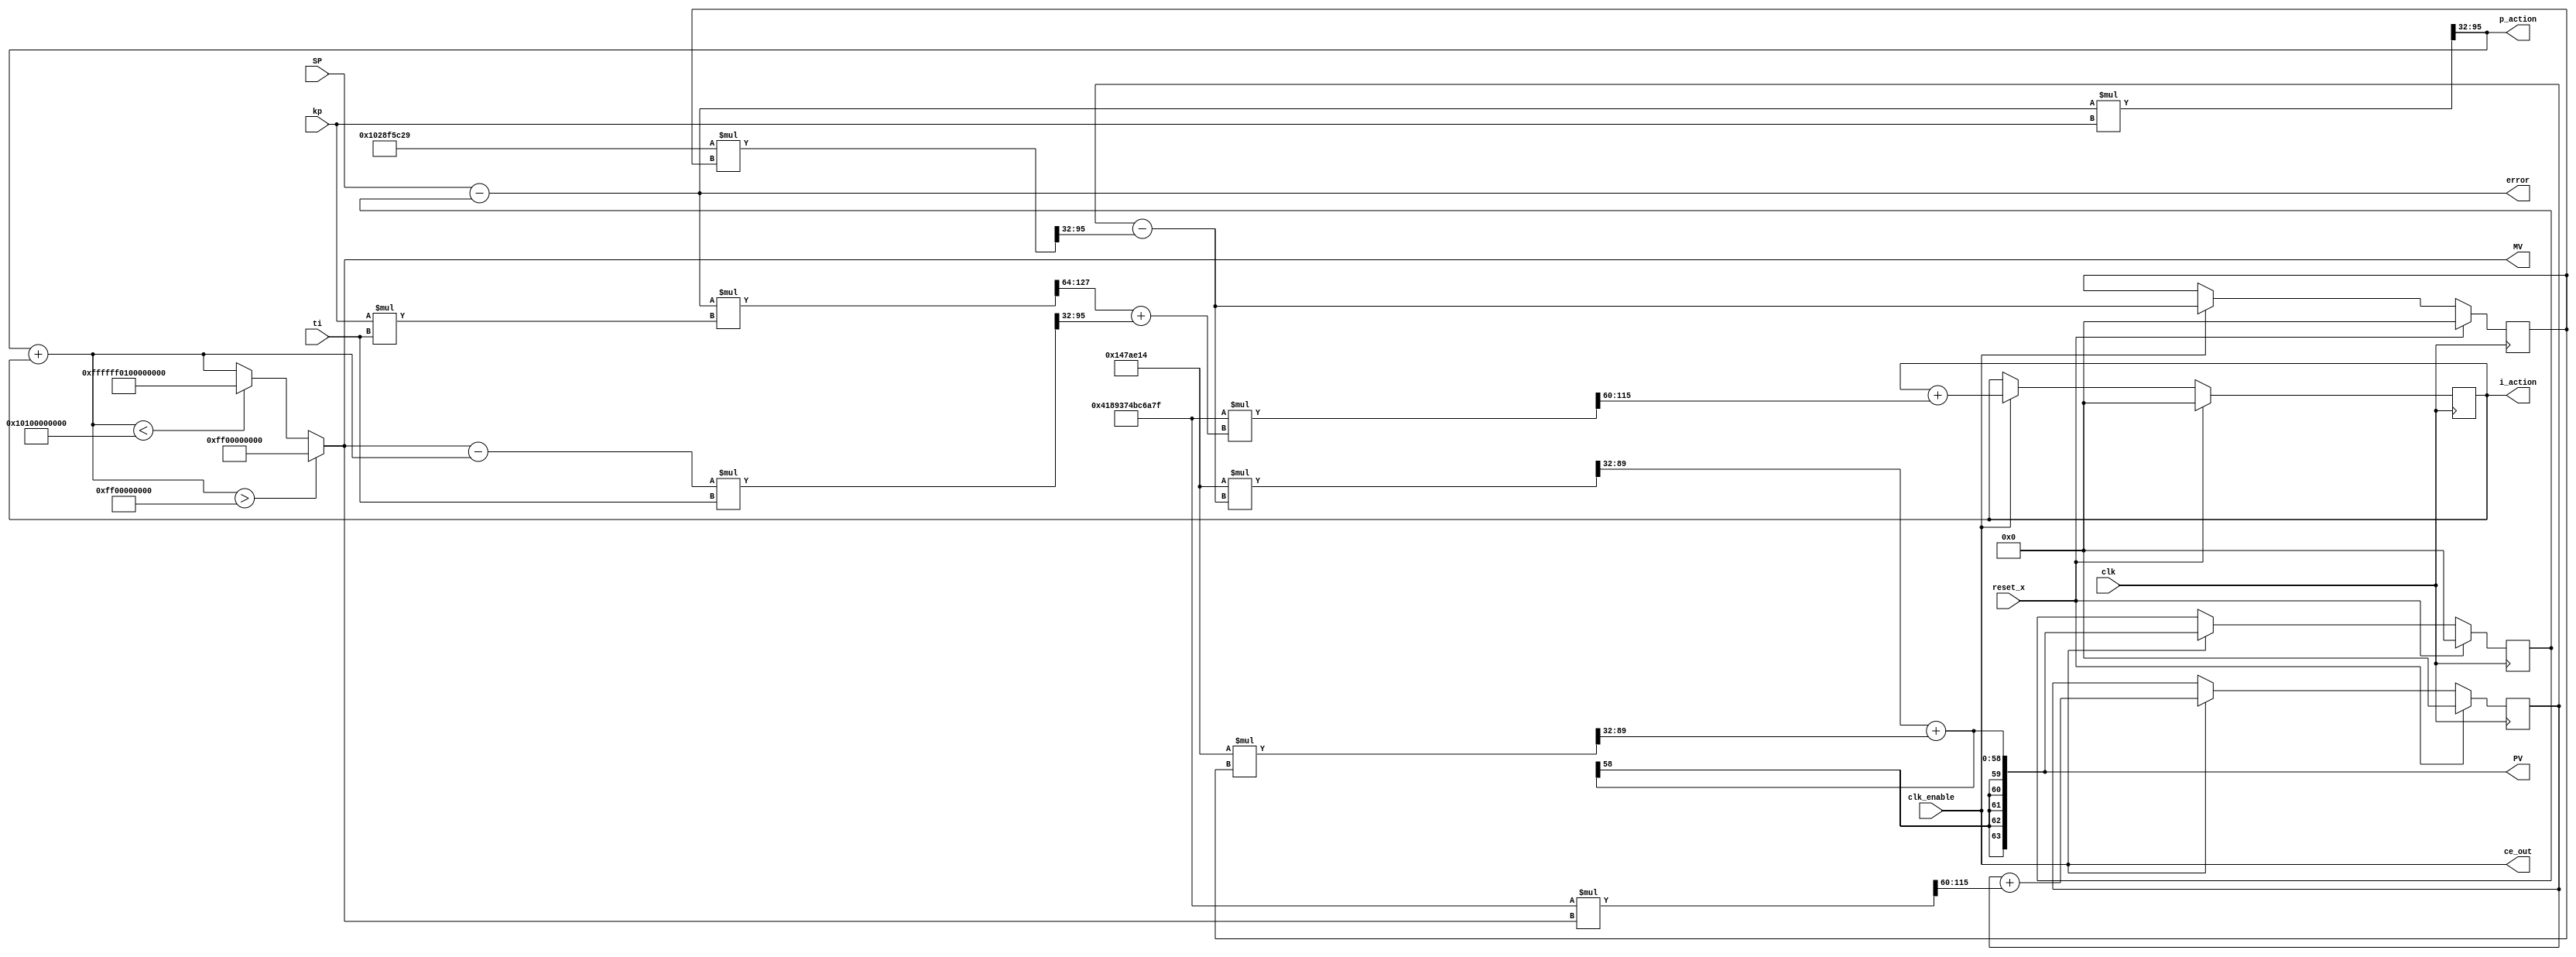
// -------------------------------------------------------------
// 
// 
// Generated by MATLAB 9.11 and HDL Coder 3.19
// 
// 
// -- -------------------------------------------------------------
// -- Rate and Clocking Details
// -- -------------------------------------------------------------
// Model base rate: 0.001
// Target subsystem base rate: 0.001
// 
// 
// Clock Enable  Sample Time
// -- -------------------------------------------------------------
// ce_out        0.001
// -- -------------------------------------------------------------
// 
// 
// Output Signal                 Clock Enable  Sample Time
// -- -------------------------------------------------------------
// PV                            ce_out        0.001
// MV                            ce_out        0.001
// i_action                      ce_out        0.001
// p_action                      ce_out        0.001
// error                         ce_out        0.001
// -- -------------------------------------------------------------
// 
// -------------------------------------------------------------


// -------------------------------------------------------------
// 
// Module: DT
// Source Path: motor_dtf_antiwindup/DT
// Hierarchy Level: 0
// 
// Simulink model description for motor_dtf_antiwindup:
// 
// Symmetric FIR Filter
// This example shows how to use HDL Coder(TM) to check, generate,
// and verify HDL for a fixed-point symmetric FIR filter. 
// 
// -------------------------------------------------------------

`timescale 1 ns / 1 ns

module DT
          (clk,
           reset_x,
           clk_enable,
           SP,
           kp,
           ti,
           ce_out,
           PV,
           MV,
           i_action,
           p_action,
           error);


  input   clk;
  input   reset_x;
  input   clk_enable;
  input   signed [63:0] SP;  // sfix64_En32
  input   signed [63:0] kp;  // sfix64_En32
  input   signed [63:0] ti;  // sfix64_En32
  output  ce_out;
  output  signed [63:0] PV;  // sfix64_En32
  output  signed [63:0] MV;  // sfix64_En32
  output  signed [63:0] i_action;  // sfix64_En32
  output  signed [63:0] p_action;  // sfix64_En32
  output  signed [63:0] error;  // sfix64_En32


  wire enb;
  wire signed [127:0] Product3_out1;  // sfix128_En64
  reg signed [63:0] s_state_out1;  // sfix64_En32
  wire signed [127:0] nume_gain1_mul_temp;  // sfix128_En64
  wire signed [63:0] s_nume_gain1;  // sfix64_En32
  wire signed [63:0] s_denom_acc_out1;  // sfix64_En32
  wire signed [127:0] denom_gain1_mul_temp;  // sfix128_En64
  wire signed [63:0] s_denom_gain1;  // sfix64_En32
  wire signed [63:0] Saturation_out1;  // sfix64_En32
  wire signed [63:0] Add1_out1;  // sfix64_En32
  wire signed [63:0] Add3_out1;  // sfix64_En32
  wire signed [127:0] Product2_mul_temp;  // sfix128_En64
  wire signed [63:0] Product2_out1;  // sfix64_En32
  wire signed [63:0] Add_out1;  // sfix64_En32
  wire signed [191:0] Product1_mul_temp;  // sfix192_En96
  wire signed [63:0] Product1_out1;  // sfix64_En32
  wire signed [63:0] Add2_out1;  // sfix64_En32
  wire signed [63:0] Discrete_Time_Integrator1_indtc;  // sfix64
  wire signed [127:0] gain_mul_temp;  // sfix128_En60
  wire signed [63:0] Discrete_Time_Integrator1_u_gain;  // sfix64
  wire signed [63:0] Discrete_Time_Integrator1_u_dtc;  // sfix64_En32
  reg signed [63:0] Discrete_Time_Integrator1_x_reg;  // sfix64_En32
  wire signed [63:0] Discrete_Time_Integrator1_u_add;  // sfix64_En32
  wire signed [63:0] s_nume_acc_out1;  // sfix64_En32
  reg signed [63:0] Unit_Delay_out1;  // sfix64_En32
  wire signed [127:0] Product_mul_temp;  // sfix128_En64
  wire signed [63:0] Product_out1;  // sfix64_En32
  wire signed [63:0] Discrete_Time_Integrator_indtc;  // sfix64
  wire signed [127:0] gain_mul_temp_1;  // sfix128_En60
  wire signed [63:0] Discrete_Time_Integrator_u_gain;  // sfix64
  wire signed [63:0] Discrete_Time_Integrator_u_dtc;  // sfix64_En32
  reg signed [63:0] Discrete_Time_Integrator_x_reg;  // sfix64_En32
  wire signed [63:0] Discrete_Time_Integrator_u_add;  // sfix64_En32
  wire signed [127:0] nume_gain_b0_mul_temp;  // sfix128_En64
  wire signed [63:0] s_nume_gain_b0;  // sfix64_En32


  assign enb = clk_enable;

  assign Product3_out1 = kp * ti;


  assign nume_gain1_mul_temp = 64'sh000000000147AE14 * s_state_out1;
  assign s_nume_gain1 = nume_gain1_mul_temp[95:32];



  always @(posedge clk)
    begin : s_state_out1_1_process
      if (reset_x == 1'b1) begin
        s_state_out1 <= 64'sh0000000000000000;
      end
      else begin
        if (enb) begin
          s_state_out1 <= s_denom_acc_out1;
        end
      end
    end



  assign denom_gain1_mul_temp = 64'shFFFFFFFF028F5C29 * s_state_out1;
  assign s_denom_gain1 = denom_gain1_mul_temp[95:32];



  assign Add3_out1 = Saturation_out1 - Add1_out1;


  assign Product2_mul_temp = Add3_out1 * ti;
  assign Product2_out1 = Product2_mul_temp[95:32];


  assign Product1_mul_temp = Add_out1 * Product3_out1;
  assign Product1_out1 = Product1_mul_temp[127:64];


  assign Add2_out1 = Product1_out1 + Product2_out1;


  assign Discrete_Time_Integrator1_indtc = Add2_out1;



  assign gain_mul_temp = 64'sh0004189374BC6A7F * Discrete_Time_Integrator1_indtc;
  assign Discrete_Time_Integrator1_u_gain = gain_mul_temp[123:60];



  assign Discrete_Time_Integrator1_u_dtc = Discrete_Time_Integrator1_u_gain;



  assign Discrete_Time_Integrator1_u_add = Discrete_Time_Integrator1_x_reg + Discrete_Time_Integrator1_u_dtc;



  always @(posedge clk)
    begin : Discrete_Time_Integrator1_reg_process
      if (reset_x == 1'b1) begin
        Discrete_Time_Integrator1_x_reg <= 64'sh0000000000000000;
      end
      else begin
        if (enb) begin
          Discrete_Time_Integrator1_x_reg <= Discrete_Time_Integrator1_u_add;
        end
      end
    end


  always @(posedge clk)
    begin : Unit_Delay_process
      if (reset_x == 1'b1) begin
        Unit_Delay_out1 <= 64'sh0000000000000000;
      end
      else begin
        if (enb) begin
          Unit_Delay_out1 <= s_nume_acc_out1;
        end
      end
    end


  assign Add_out1 = SP - Unit_Delay_out1;


  assign Product_mul_temp = Add_out1 * kp;
  assign Product_out1 = Product_mul_temp[95:32];


  assign Add1_out1 = Product_out1 + Discrete_Time_Integrator1_x_reg;


  assign Saturation_out1 = (Add1_out1 > 64'sh000000FF00000000 ? 64'sh000000FF00000000 :
              (Add1_out1 < 64'shFFFFFF0100000000 ? 64'shFFFFFF0100000000 :
              Add1_out1));


  assign Discrete_Time_Integrator_indtc = Saturation_out1;



  assign gain_mul_temp_1 = 64'sh0004189374BC6A7F * Discrete_Time_Integrator_indtc;
  assign Discrete_Time_Integrator_u_gain = gain_mul_temp_1[123:60];



  assign Discrete_Time_Integrator_u_dtc = Discrete_Time_Integrator_u_gain;



  assign Discrete_Time_Integrator_u_add = Discrete_Time_Integrator_x_reg + Discrete_Time_Integrator_u_dtc;



  always @(posedge clk)
    begin : Discrete_Time_Integrator_reg_process
      if (reset_x == 1'b1) begin
        Discrete_Time_Integrator_x_reg <= 64'sh0000000000000000;
      end
      else begin
        if (enb) begin
          Discrete_Time_Integrator_x_reg <= Discrete_Time_Integrator_u_add;
        end
      end
    end


  assign s_denom_acc_out1 = Discrete_Time_Integrator_x_reg - s_denom_gain1;



  assign nume_gain_b0_mul_temp = 64'sh000000000147AE14 * s_denom_acc_out1;
  assign s_nume_gain_b0 = nume_gain_b0_mul_temp[95:32];



  assign s_nume_acc_out1 = s_nume_gain_b0 + s_nume_gain1;


  assign PV = s_nume_acc_out1;

  assign MV = Saturation_out1;

  assign i_action = Discrete_Time_Integrator1_x_reg;

  assign p_action = Product_out1;

  assign error = Add_out1;

  assign ce_out = clk_enable;

endmodule  // DT